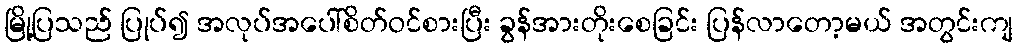
မြို့ပြသည် ပြုပ်၍ အလုပ်အပေါ်စိတ်ဝင်စားပြီး ခွန်အားတိုးစေခြင်း ပြန်လာတော့မယ် အတွင်းကျ